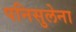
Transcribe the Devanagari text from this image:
पनिसुलेना